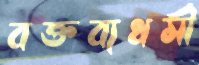
বক্তব্যধর্মী